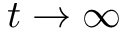
t \rightarrow \infty